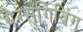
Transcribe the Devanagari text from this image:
थैग्सगिविंग